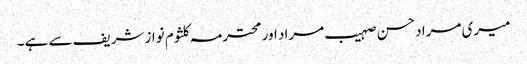
میری مراد حسن صہیب مراد اور محترمہ کلثوم نواز شریف سے ہے۔